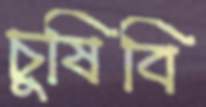
চুষিবি